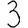
Digit: 3